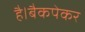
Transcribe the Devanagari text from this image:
है।बैकपेकर